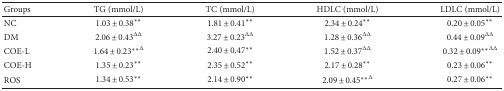
<table><thead><tr><td><b>Groups</b></td><td><b>TG (mmol/L)</b></td><td><b>TC (mmol/L)</b></td><td><b>HDLC (mmol/L)</b></td><td><b>LDLC (mmol/L)</b></td></tr></thead><tbody><tr><td>NC</td><td>1.03 ± 0.38<sup>∗∗</sup></td><td>1.81 ± 0.41<sup>∗∗</sup></td><td>2.34 ± 0.24<sup>∗∗</sup></td><td>0.20 ± 0.05<sup>∗∗</sup></td></tr><tr><td>DM</td><td>2.06 ± 0.43<sup>ΔΔ</sup></td><td>3.27 ± 0.23<sup>ΔΔ</sup></td><td>1.28 ± 0.36<sup>ΔΔ</sup></td><td>0.44 ± 0.09<sup>ΔΔ</sup></td></tr><tr><td>COE-L</td><td>1.64 ± 0.23<sup>∗∗</sup><sup>Δ</sup></td><td>2.40 ± 0.47<sup>∗∗</sup></td><td>1.52 ± 0.37<sup>ΔΔ</sup></td><td>0.32 ± 0.09<sup>∗∗</sup><sup>ΔΔ</sup></td></tr><tr><td>COE-H</td><td>1.35 ± 0.23<sup>∗∗</sup></td><td>2.35 ± 0.52<sup>∗∗</sup></td><td>2.17 ± 0.28<sup>∗∗</sup></td><td>0.23 ± 0.06<sup>∗∗</sup></td></tr><tr><td>ROS</td><td>1.34 ± 0.53<sup>∗∗</sup></td><td>2.14 ± 0.90<sup>∗∗</sup></td><td>2.09 ± 0.45<sup>∗∗</sup><sup>Δ</sup></td><td>0.27 ± 0.06<sup>∗∗</sup></td></tr></tbody></table>